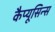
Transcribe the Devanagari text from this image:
कैप्यूसिन्स